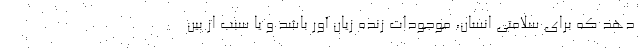
دهد که برای سلامتی انسان، موجودات زنده زیان آور باشد و یا سبب از بین